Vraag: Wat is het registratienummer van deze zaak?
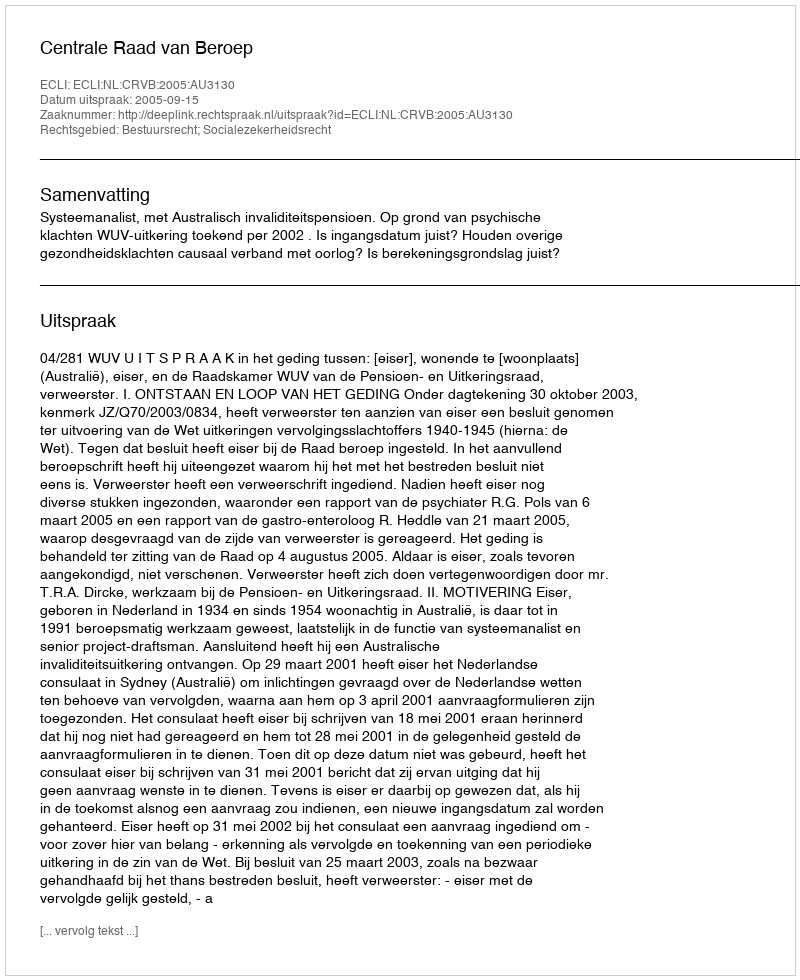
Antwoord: http://deeplink.rechtspraak.nl/uitspraak?id=ECLI:NL:CRVB:2005:AU3130